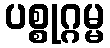
ပစ္စုဂ္ဂမ္မ